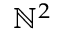
\mathbb { N } ^ { 2 }